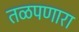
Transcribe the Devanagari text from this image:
तळपणारा